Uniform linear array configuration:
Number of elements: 8
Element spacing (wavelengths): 1
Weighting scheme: binomial
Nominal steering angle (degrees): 15
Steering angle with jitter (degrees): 13.389
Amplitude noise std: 0.05
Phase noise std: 0.05

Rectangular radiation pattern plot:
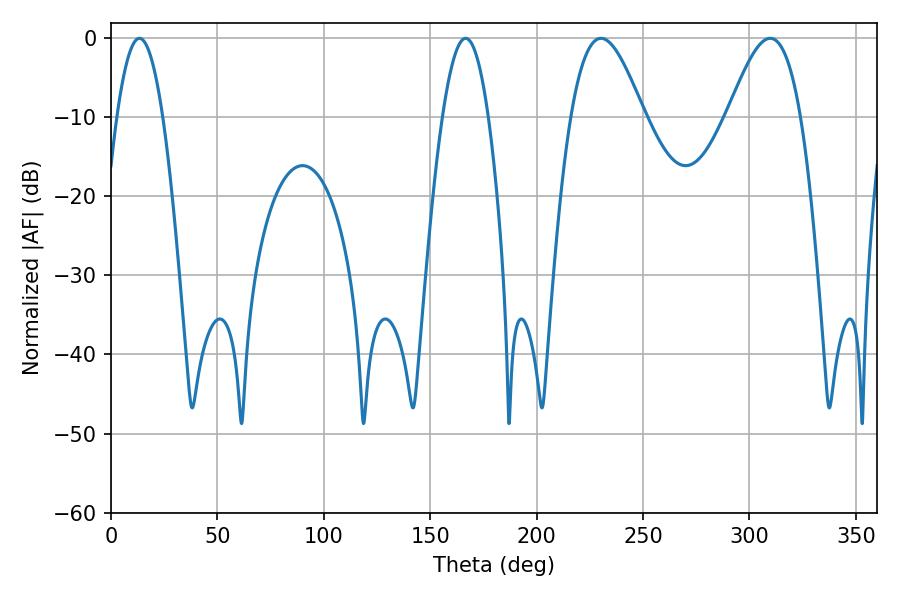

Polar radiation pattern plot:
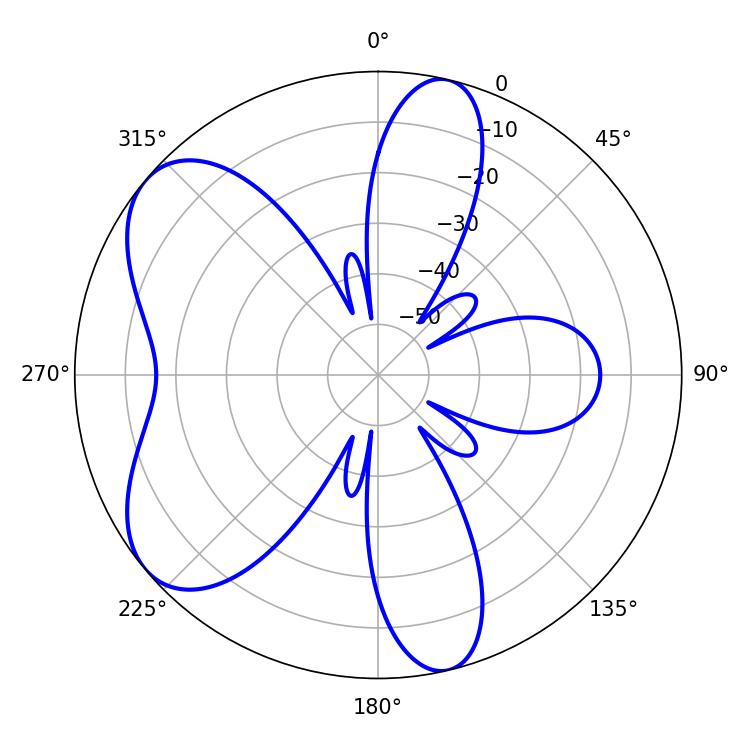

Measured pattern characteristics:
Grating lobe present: TRUE
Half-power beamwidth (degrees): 18.54
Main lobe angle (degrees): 230.22